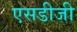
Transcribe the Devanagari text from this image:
एसडीजी